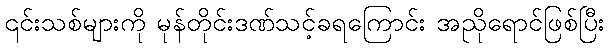
၎င်းသစ်များကို မုန်တိုင်းဒဏ်သင့်ခရကြောင်း အညိုရောင်ဖြစ်ပြီး